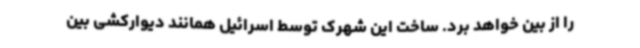
را از بین خواهد برد. ساخت این شهرک توسط اسرائیل همانند دیوارکشی بین